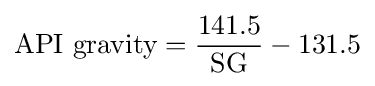
{\text{API gravity}}={\frac {141.5}{\text{SG}}}-131.5